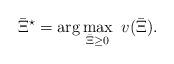
LaTeX: \begin{align*}\bar\Xi^\star = \arg \max_{\bar\Xi\ge 0} ~v(\bar\Xi).\end{align*}